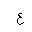
Letter: _ayn